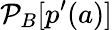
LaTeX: \mathcal{P}_{B}[p^{\prime}(a)]